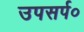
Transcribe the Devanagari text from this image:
उपसर्प०